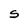
Character: S